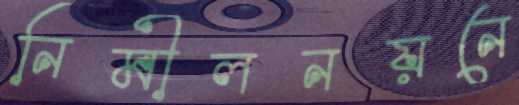
নিমীলনয়নে